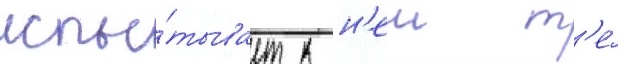
испы́тывает к н'еи т'е́